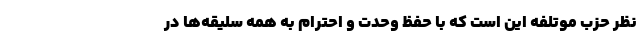
نظر حزب موتلفه این است که با حفظ وحدت و احترام به همه سلیقه‌ها در